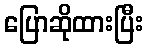
ပြောဆိုထားပြီး